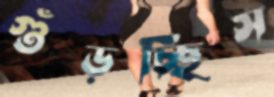
গুঁড়চ্ছিস